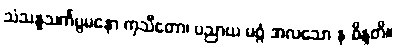
သံသန္နသင်္ကပ္ပမနော ကုသီတော၊ ပညာယ မဂ္ဂံ အလသော န ဝိန္ဒတိ။